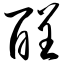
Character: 酲